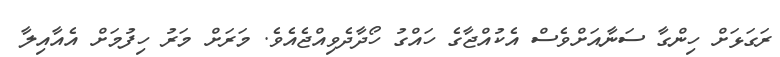
ރަގަޅަށް ހިންގާ ސަނާއަށްވެސް އެކުއްޖާގެ ހައްގު ހޯދާދެވިއްޖެއެވެ. މަރަށް މަރު ހިފުމަށް އެއާއިލާ